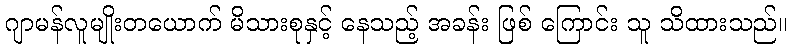
ဂျာမန်လူမျိုးတယောက် မိသားစုနှင့် နေသည့် အခန်း ဖြစ် ကြောင်း သူ သိထားသည်။